Report on the working of the Ranchi Indian Mental Hospital, Kanke, in Bihar and Orissa - 1930-1940
Year: 1930
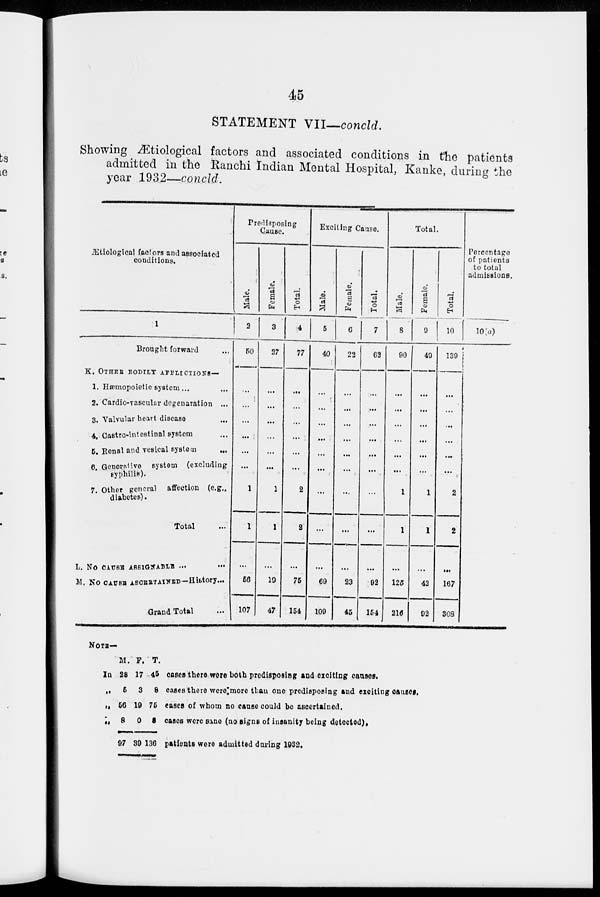
45
STATEMENT VII—concld.
Showing Ætiological factors and associated conditions in the patients
admitted in the Ranchi Indian Mental Hospital, Kanke, during the
year 1932—concld.
Ætiological factors and associated
conditions.
1
Brought forward ...
K. OTHER BODILY AFFLICTIONS—
1. Hæmopoietic system... ...
2. Cardio-vascular degenaration ...
3. Valvular heart disease ...
4. Castro-intestinal system ...
5. Renal and vesical system ...
6. Generative system (excluding
syphilis).
7. Other general affection (e.g.,
diabetes).
Total ...
L. NO CAUSE ASSIGNABLE ... ...
M. NO CAUSE ASCERTAINED—History...
Grand Total ...
Predisposing
Cause.
Male.
2
50
...
...
...
...
...
...
1
1
...
56
107
Female.
3
27
...
...
...
...
...
...
1
1
...
19
47
Total.
4
77
...
...
...
...
...
...
2
2
...
75
154
Exciting Cause.
Male.
5
40
...
...
...
...
...
...
...
...
...
69
109
Female.
6
22
...
...
...
...
...
...
...
...
...
23
45
Total.
7
62
...
...
...
...
...
...
...
...
...
92
154
Total.
Male.
8
90
...
...
...
...
...
...
1
1
...
125
216
Female.
9
49
...
...
...
...
...
...
1
1
...
42
92
Total.
10
139
...
...
...
...
...
...
2
2
...
167
308
Percentage
of patients
to total
admissions.
10(a)
NOTE—
In
„
„
„
M.
28
5
56
8
97
F.
17
3
19
0
39
T.
45
8
75
8
136
cases there were both predisposing and exciting causes.
cases there were more than one predisposing and exciting causes.
cases of whom no cause could be ascertained.
cases were sane (no signs of insanity being detected).
patients were admitted during 1932.